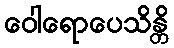
ဝေါရောပေသိန္တိ